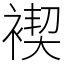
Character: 褉